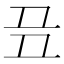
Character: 𬻈